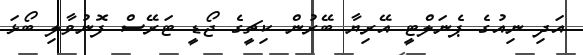
އަދި ނިއުގެ ޕެނަލްޓީ އޭރިޔާ ބޭރުން ކިޗީގެ ޖޯޑީ ޓަރޭސް ފޮނުވާލި ބޯޅަ